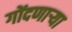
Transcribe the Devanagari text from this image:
गोंदणार्‍या